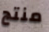
منتج